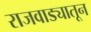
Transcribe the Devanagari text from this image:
राजवाड्यातून